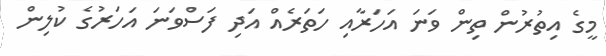
މީގެ އިތުރުން ތިން ވަނަ އަހަރާއި ހަތަރެއް އަދި ފަސްވަނަ އަހަރުގެ ކުލިން